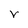
Character: r